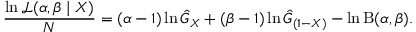
{ \frac { \ln { \mathcal { L } } ( \alpha , \beta \mid X ) } { N } } = ( \alpha - 1 ) \ln { \hat { G } } _ { X } + ( \beta - 1 ) \ln { \hat { G } } _ { ( 1 - X ) } - \ln \mathrm { B } ( \alpha , \beta ) .